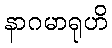
နာဂမာရုဟိ